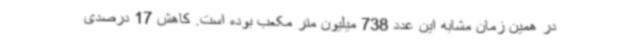
در همین زمان مشابه این عدد 738 میلیون متر مکعب بوده است. کاهش 17 درصدی